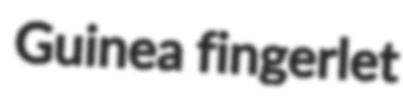
Guinea fingerlet